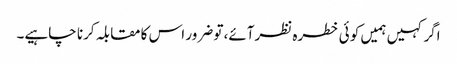
اگر کہیں ہمیں کو ئی خطرہ نظرآئے، تو ضرور اس کا مقابلہ کرنا چاہیے۔